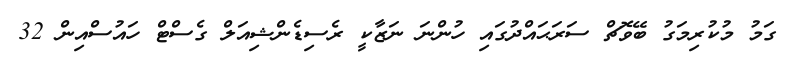
ގަމު މުކުރިމަގު ބޭވޮޗް ސަރަޙައްދުގައި ހުންނަ ނަޒާކީ ރެސިޑެންޝިއަލް ގެސްޓް ހައުސްއިން 32